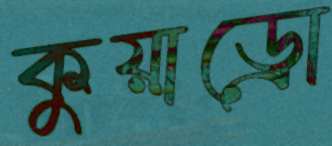
কুয়াড্রো